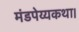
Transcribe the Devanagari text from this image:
मंडपेय्यकथा।